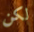
لكن